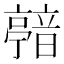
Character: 𩐴